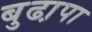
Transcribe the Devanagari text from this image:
बुढा़पा